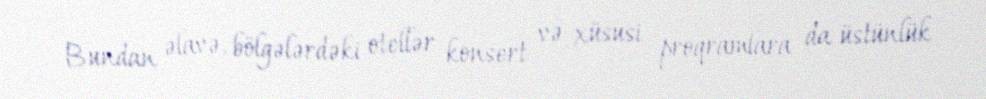
Bundan əlavə, bölgələrdəki otellər konsert və xüsusi proqramlara da üstünlük